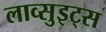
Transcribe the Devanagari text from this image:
लाव्सुइट्स